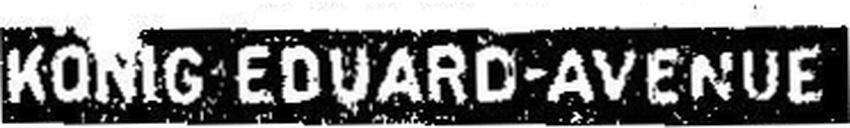
KONIG EDUARD-AVENUE